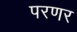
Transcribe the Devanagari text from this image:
परणर